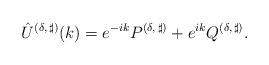
LaTeX: \begin{align*}\hat{U}^{(\delta,\,\sharp)}(k) = e^{-ik}P^{(\delta,\,\sharp)} +e^{ik}Q^{(\delta,\,\sharp)}. \end{align*}